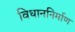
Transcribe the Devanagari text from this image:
विधाननिर्माण